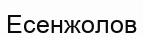
Есенжолов